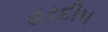
હરદીપ